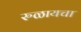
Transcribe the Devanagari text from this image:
रुळायचा